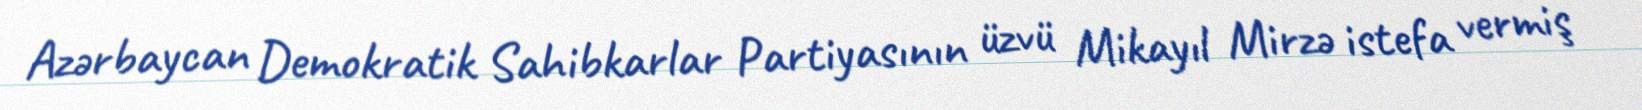
Azərbaycan Demokratik Sahibkarlar Partiyasının üzvü Mikayıl Mirzə istefa vermiş